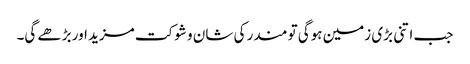
جب اتنی بڑی زمین ہوگی تو مندر کی شان و شوکت مزید اور بڑھے گی۔